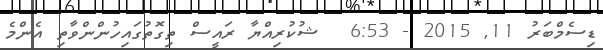
ޑިސެމްބަރު 11